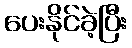
ပေးနိုင်ခဲ့ပြီး